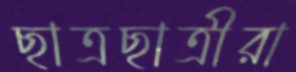
ছাত্রছাত্রীরা